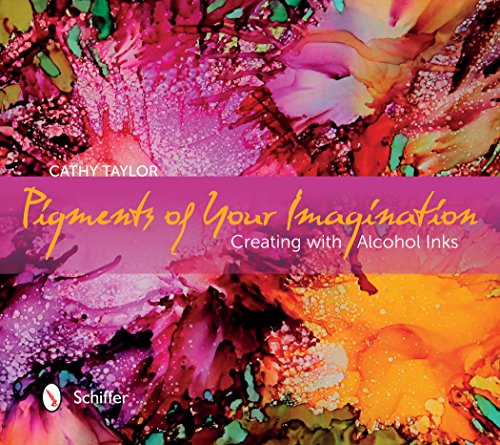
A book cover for Pigments of Your Imagination: Creating with Alcohol Inks; Cathy Taylor; Arts & Photography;